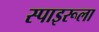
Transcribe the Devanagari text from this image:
स्पाइरूला